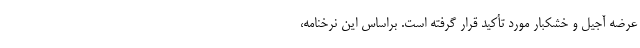
عرضه آجیل و خشکبار مورد تأکید قرار گرفته است. براساس این نرخنامه،